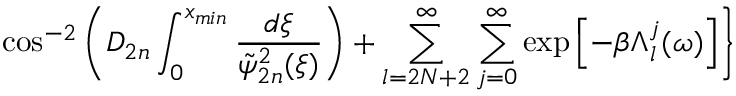
\cos ^ { - 2 } \left( D _ { 2 n } \int _ { 0 } ^ { x _ { m i n } } \frac { d \xi } { \tilde { \psi } _ { 2 n } ^ { 2 } ( \xi ) } \right) + \sum _ { l = 2 N + 2 } ^ { \infty } \sum _ { j = 0 } ^ { \infty } \exp \left[ - \beta \Lambda _ { l } ^ { j } ( \omega ) \right] \Biggr \}